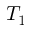
T _ { 1 }